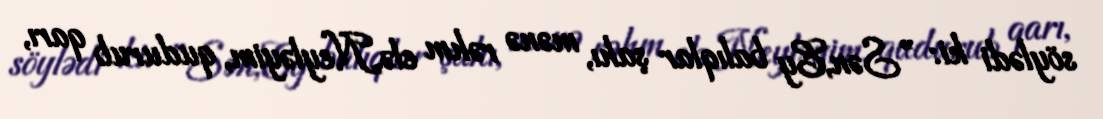
söylədi ki: ”Sən,Ey balıqlar şahı, mənə rəhm elə,Neyləyim, qudurub qarı,